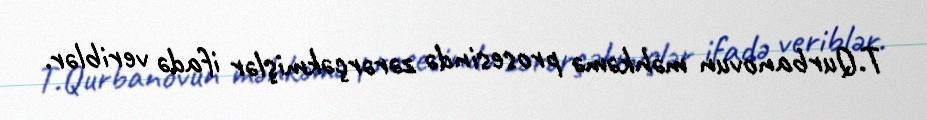
T.Qurbanovun məhkəmə prosesində zərərçəkmişlər ifadə veriblər.